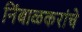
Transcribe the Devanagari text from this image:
निंबाळकरांचे